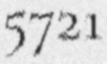
5721